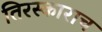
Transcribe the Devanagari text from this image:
तिरस्काराच